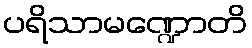
ပရိသာမဏ္ဍောတိ